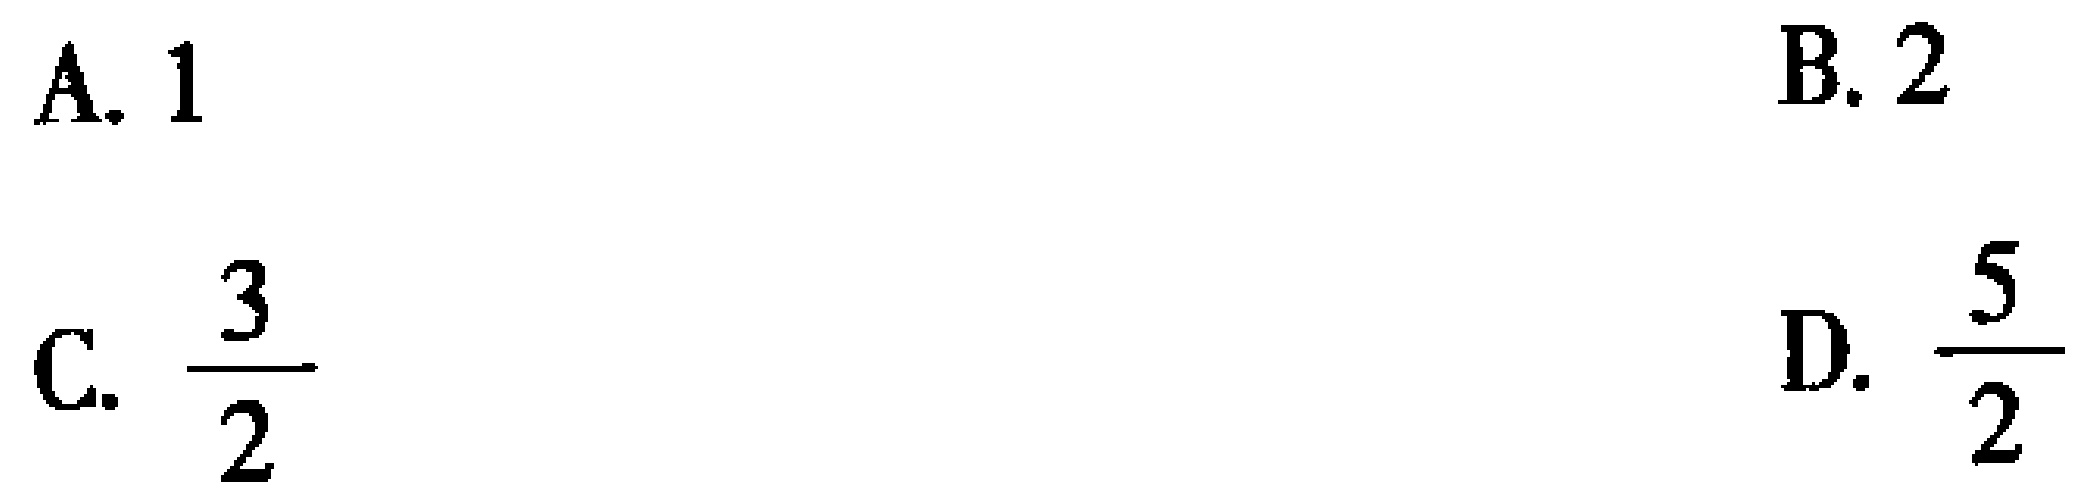
A. \(1\)

B. \(2\)

C. \(\frac{3}{2}\)

D. \(\frac{5}{2}\)